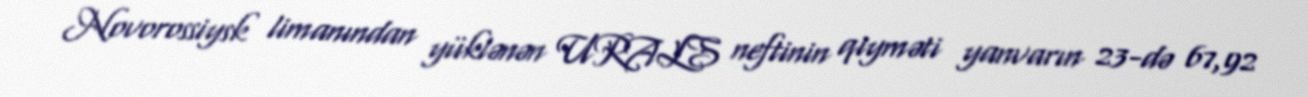
Novorossiysk limanından yüklənən URALS neftinin qiyməti yanvarın 23-də 67,92